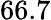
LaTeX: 66.7